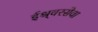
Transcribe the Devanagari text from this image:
ईश्र्वरसेवा